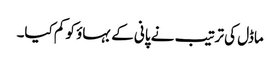
ماڈل کی ترتیب نے پانی کے بہاؤ کو کم کیا۔